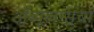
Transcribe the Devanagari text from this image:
अँब्यूलन्सचा